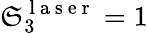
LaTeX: \mathfrak{S}_{3}^{\mathrm{{~l~a~s~e~r~}}}=1